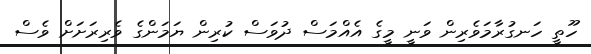
ހޫތީ ހަނގުރާމަވެރިން ވަނީ މީގެ އެއްމަސް ދުވަސް ކުރިން ޔަމަންގެ ވެރިރަށަށް ވެސް